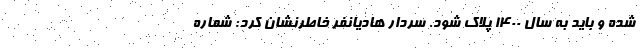
شده و باید به سال ۱۴۰۰ پلاک شود. سردار هادیانفر خاطرنشان کرد: شماره